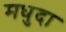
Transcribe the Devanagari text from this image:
मधुदा